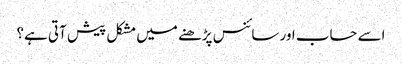
اسے حساب اور سائنس پڑھنے میں مشکل پیش آتی ہے؟